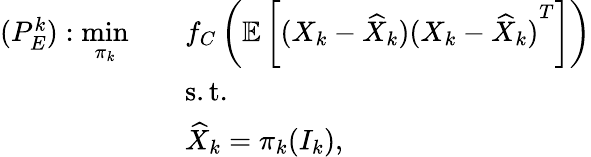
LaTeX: \begin{array}{rl}{(P_{E}^{k}):\underset{\pi_{k}}{\mathrm{min}}\quad}&{f_{C}\left(\mathbb{E}\left[(X_{k}-\widehat{X}_{k}){(X_{k}-\widehat{X}_{k})}^{T}\right]\right)}\\ &{\mathrm{s.t.}}\\ &{\widehat{X}_{k}=\pi_{k}(I_{k}),}\end{array}